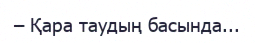
– Қара таудың басында...